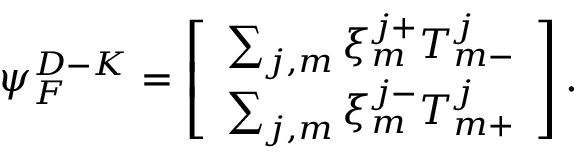
{ \psi } _ { F } ^ { D - K } = \left[ \begin{array} { c } { { \sum _ { j , m } \xi _ { m } ^ { j + } T _ { m - } ^ { j } } } \\ { { \sum _ { j , m } \xi _ { m } ^ { j - } T _ { m + } ^ { j } } } \end{array} \right] .